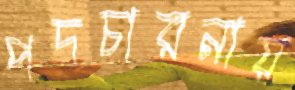
পদচারনায়